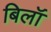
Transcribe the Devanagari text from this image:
बिलॉ